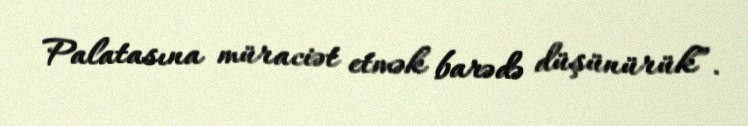
Palatasına müraciət etmək barədə düşünürük”.